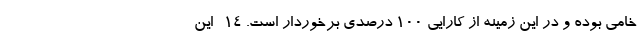
خامی بوده و در این زمینه از کارایی 100 درصدی برخوردار است. 14- این